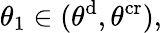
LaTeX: \theta_{1}\in(\theta^{\mathrm{d}},\theta^{\mathrm{cr}}),